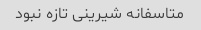
متاسفانه شیرینی تازه نبود